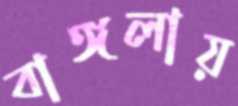
বাঙ্গলায়